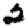
Digit: 2